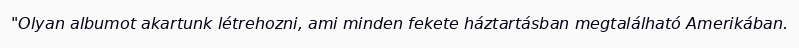
"Olyan albumot akartunk létrehozni, ami minden fekete háztartásban megtalálható Amerikában.